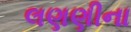
લણણીના